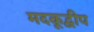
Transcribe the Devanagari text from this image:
मदकूद्वीप